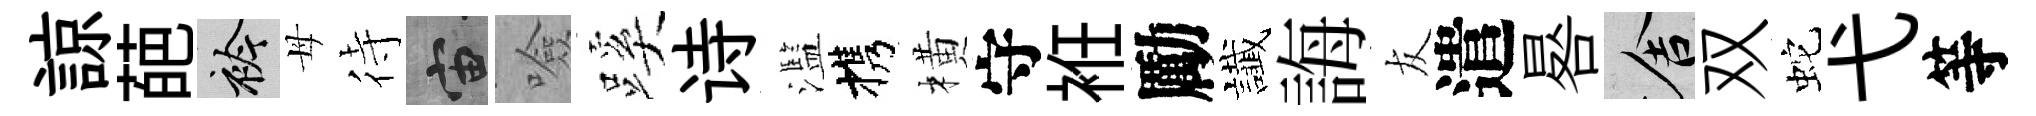
諒葩衿母待宙噞蹊诗濫携橫守袵勵䜟誨友遣晷舍双蛇弋等